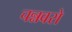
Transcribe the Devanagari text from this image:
चन्नवरो